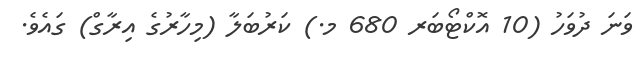
ވަނަ ދުވަހު (10 އޮކްޓޯބަރ 680 މ.) ކަރުބަލާ (މިހާރުގެ އިރާގް) ގައެވެ.